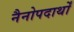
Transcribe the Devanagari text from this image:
नैनोपदार्थों